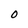
Character: 0